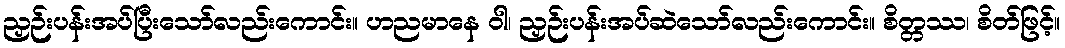
ညှဉ်းပန်းအပ်ပြီးသော်လည်းကောင်း။ ဟညမာနေ ဝါ၊ ညှဉ်းပန်းအပ်ဆဲသော်လည်းကောင်း။ စိတ္တဿ၊ စိတ်ဖြင့်။